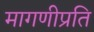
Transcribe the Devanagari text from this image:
मागणीप्रति